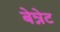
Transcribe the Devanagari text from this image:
बेन्नेट